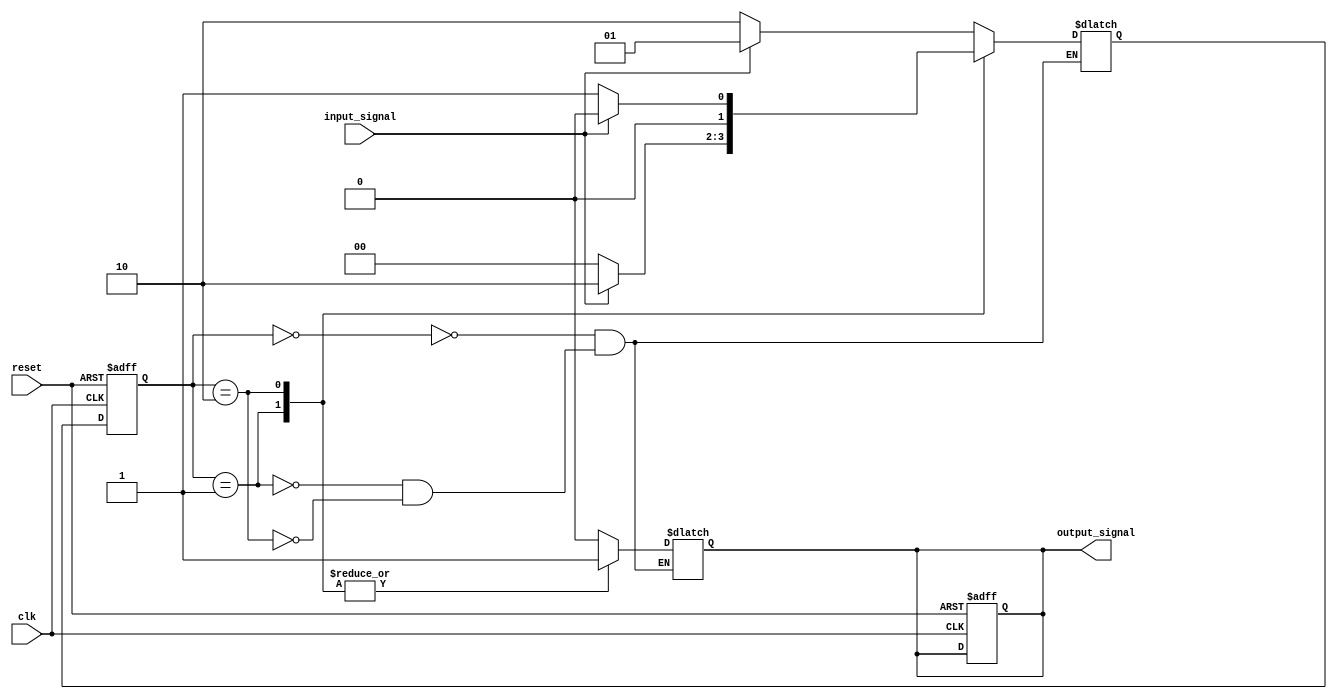
module Moore_State_Machine (
    input wire clk,
    input wire reset,
    input wire input_signal,
    output reg output_signal
);

// Define states
parameter STATE_1 = 2'b00;
parameter STATE_2 = 2'b01;
parameter STATE_3 = 2'b10;

// Define state register
reg [1:0] current_state, next_state;

always @(posedge clk or posedge reset) begin
    if (reset) begin
        current_state <= STATE_1;
        output_signal <= 1'b0;
    end else begin
        current_state <= next_state;
    end
end

// Define state transitions and outputs
always @(*) begin
    case (current_state)
        STATE_1: begin
            if (input_signal) begin
                next_state = STATE_2;
            end else begin
                next_state = STATE_3;
            end
            output_signal = 1'b0;
        end
        STATE_2: begin
            if (input_signal) begin
                next_state = STATE_3;
            end else begin
                next_state = STATE_1;
            end
            output_signal = 1'b1;
        end
        STATE_3: begin
            if (input_signal) begin
                next_state = STATE_1;
            end else begin
                next_state = STATE_2;
            end
            output_signal = 1'b1;
        end
    endcase
end

endmodule